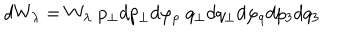
LaTeX: d W _ { \lambda } = W _ { \lambda } \; p _ { \perp } d p _ { \perp } d \varphi _ { p } \; q _ { \perp } d q _ { \perp } d \varphi _ { q } d p _ { 3 } d q _ { 3 }